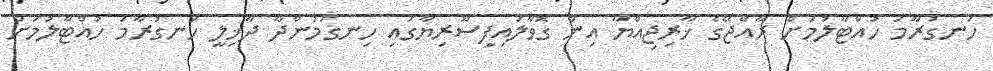
ހަނގުރާމަ ހުއްޓާލުމަށް ރާއްޖޭގެ ޚާރިޖިއްޔާ އިން ގޮވާލައިފިސޫރިޔާގައި ހިނގަމުންދާ ދާޚިލީ ހަނގުރާމަ ހުއްޓާލުމަށް